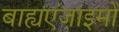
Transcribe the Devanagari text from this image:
बाह्यएंजाइमों